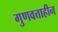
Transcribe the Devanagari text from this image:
गुणवत्ताहीन